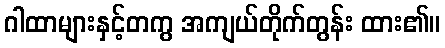
ဂါထာများနှင့်တကွ အကျယ်တိုက်တွန်း ထား၏။